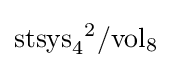
\mathrm {stsys} _{4}{}^{2}/\mathrm {vol} _{8}